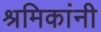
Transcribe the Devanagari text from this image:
श्रमिकांनी